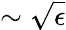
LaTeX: \sim\sqrt{\epsilon}